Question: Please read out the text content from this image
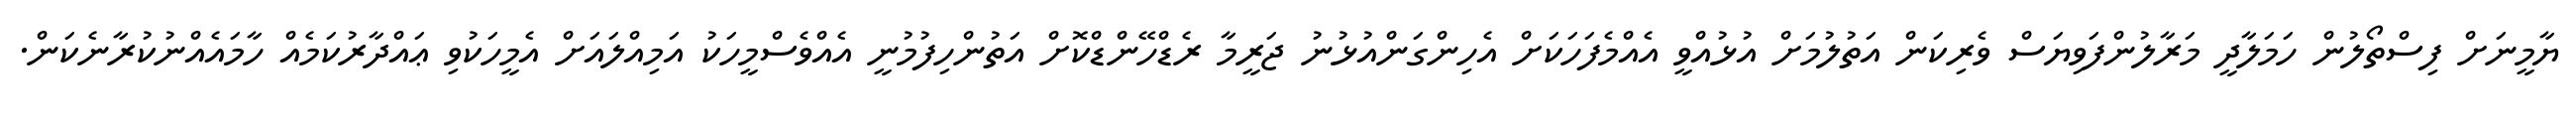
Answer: ޔާމީނަށް ފިސްތޯލުން ހަމަލާދީ މަރާލުންފަވިޔަސް ވެރިކަން އަތުލުމަށް އުޅުއްވީ އެއްމެފަހަކަށް އެހިންގަންއުޅުނު ޖަރީމާ ރެޑްހޭންޑްކޮށް އަތުންހިފުމުނީ އެއްވެސްމީހަކު އަމިއްލައަށް އެމީހަކުވި ޢައްދާރުކަމެއް ހާމައެއްނުކުރާނެކަން.